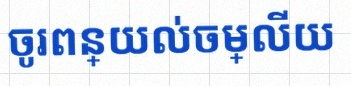
ចូរពន្យល់ចម្លើយ